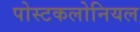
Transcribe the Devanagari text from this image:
पोस्टकलोनियल